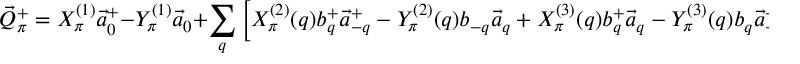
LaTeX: \vec { Q } _ { \pi } ^ { + } = X _ { \pi } ^ { ( 1 ) } \vec { a } _ { 0 } ^ { + } - Y _ { \pi } ^ { ( 1 ) } \vec { a } _ { 0 } + \sum _ { q } \left[ X _ { \pi } ^ { ( 2 ) } ( q ) b _ { q } ^ { + } \vec { a } _ { - q } ^ { + } - Y _ { \pi } ^ { ( 2 ) } ( q ) b _ { - q } \vec { a } _ { q } + X _ { \pi } ^ { ( 3 ) } ( q ) b _ { q } ^ { + } \vec { a } _ { q } - Y _ { \pi } ^ { ( 3 ) } ( q ) b _ { q } \vec { a } _ { - q } ^ { + } \right] . ~ ~